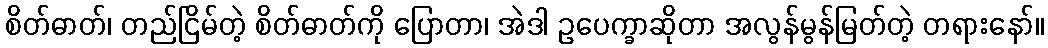
စိတ်ဓာတ်၊ တည်ငြိမ်တဲ့ စိတ်ဓာတ်ကို ပြောတာ၊ အဲဒါ ဥပေက္ခာဆိုတာ အလွန်မွန်မြတ်တဲ့ တရားနော်။